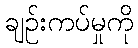
ချဉ်းကပ်မှုကို